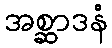
အစ္ဆာဒနံ